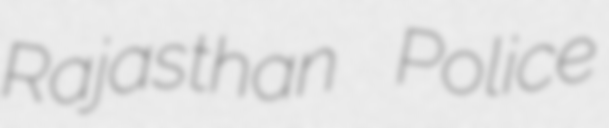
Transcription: Rajasthan Police